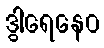
ဒွါရေနေဝ